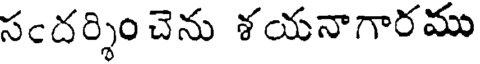
సందర్శిం చెను శయనాగారము